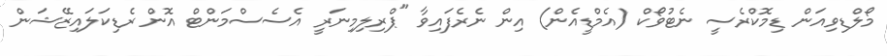
މޯލްޑިވިއަން ޑިމޮކްރެސީ ނެޓުވޯކް (އެމްޑީއެން) އިން ނެރެފައިވާ "ޕްރިލިމިނަރީ އެސެސްމަންޓް އޮން ރެޑިކަލައިޒޭޝަން